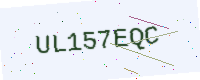
Text: UL157EQC